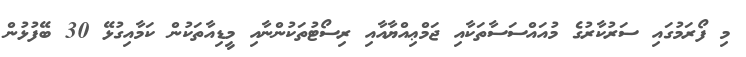
މި ފޯރަމުގައި ސަރުކާރުގެ މުއައްސަސާތަކާއި ޖަމްޢިއްޔާއާއި ރިސޯޓުތަކުންނާއި މީޑިއާތަކުން ކަމާއިގުޅޭ 30 ބޭފުޅުން